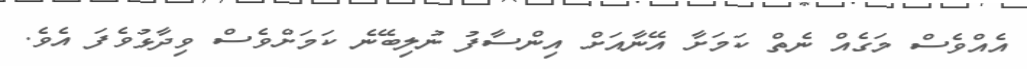
އެއްވެސް މަގެއް ނެތް ކަމަށާ އޭނާއަށް އިންސާފު ނުލިބޭނެ ކަމަށްވެސް ވިދާޅުވެފަ އެވެ.